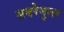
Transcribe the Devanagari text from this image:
सबरेगुलर